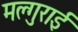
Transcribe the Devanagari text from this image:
मल्गुराई